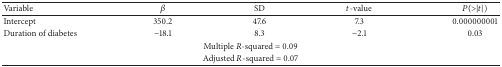
| Variable | β | SD | t-value | P(>|t|) |
 | --- | --- | --- | --- | --- |
 | Intercept | 350.2 | 47.6 | 7.3 | 0.000000001 |
 | Duration of diabetes | −18.1 | 8.3 | −2.1 | 0.03 |
 | <COLSPAN=5> Multiple R-squared = 0.09 |
 | <COLSPAN=5> Adjusted R-squared = 0.07 |